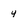
Character: 4